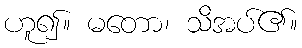
ဟူ၍။ မတော၊ သိအပ်၏။